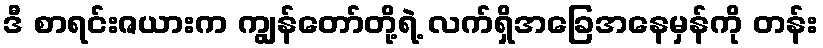
ဒီ စာရင်းဇယားက ကျွန်တော်တို့ရဲ့ လက်ရှိအခြေအနေမှန်ကို တန်း